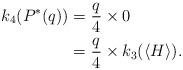
LaTeX: \begin{align*}k_4(P^\ast(q))&=\frac{q}{4}\times 0 \\&=\frac{q}{4}\times k_3(\langle H\rangle).\end{align*}